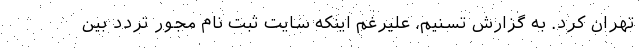
تهران کرد. به گزارش تسنیم، علیرغم اینکه سایت ثبت نام مجور تردد بین